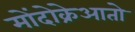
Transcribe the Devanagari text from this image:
मोंदोक्रेआतो